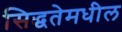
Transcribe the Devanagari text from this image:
सिद्धतेमधील